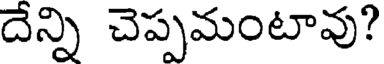
దేన్ని చెప్పమంటావు?